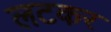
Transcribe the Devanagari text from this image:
लटकर